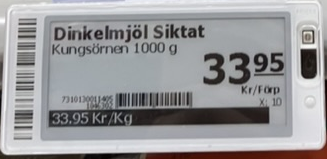
Vara: Dinkelmjöl Siktat
Genomsnittspris: 33.95 per kg